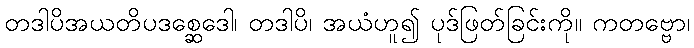
တဒါပိအယတိပဒစ္ဆေဒေါ၊ တဒါပိ၊ အယံဟူ၍ ပုဒ်ဖြတ်ခြင်းကို။ ကတဗ္ဗော၊